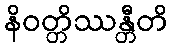
နိဝတ္တိဿန္တီတိ